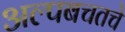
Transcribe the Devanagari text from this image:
अल्पबचतचे